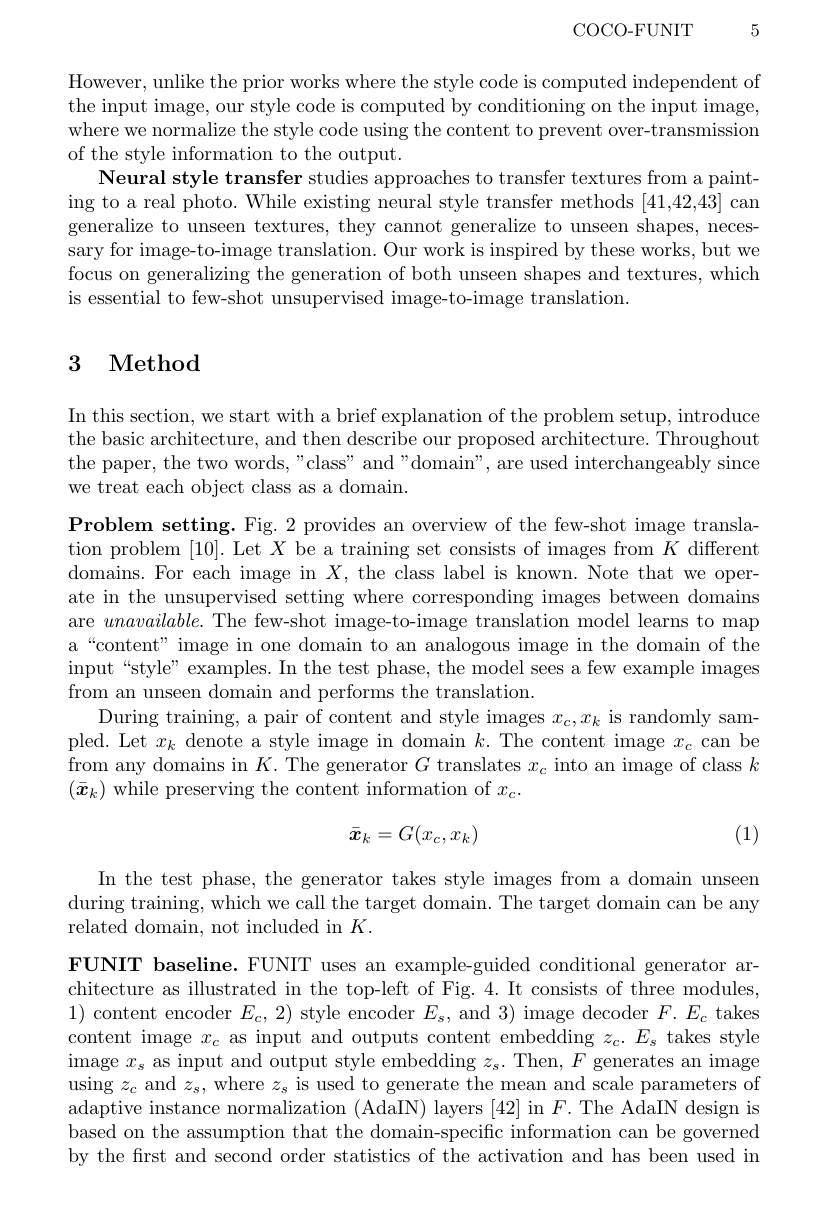
$\operatorname { COCO- FUNIT}$ 5

However, unlike the prior works where the style code is computed independent of the input image, our style code is computed by conditioning on the input image, where we normalize the style code using the content to prevent over-transmission of the style information to the output.
Neural style transfer studies approaches to transfer textures from a painting to a real photo. While existing neural style transfer methods [41,42,43] can generalize to unseen textures, they cannot generalize to unseen shapes, necessary for image-to-image translation. Our work is inspired by these works, but we focus on generalizing the generation of both unseen shapes and textures, which is essential to few-shot unsupervised image-to-image translation.

# 3 Method

In this section, we start with a brief explanation of the problem setup, introduce the basic architecture, and then describe our proposed architecture. Throughout the paper, the two words, "class" and"domain", are used interchangeably since we treat each object class as a domain.

$\textbf{Problem setting. Fig. 2 provides an overview of the few- shot image transla- }$ tion problem [10]. Let $X$ be a training set consists of images from $K$ different domains. For each image in $X$, the class label is known. Note that we operate in the unsupervised setting where corresponding images between domains are $unavailable.$ The few-shot image-to-image translation model learns to map a“content” image in one domain to an analogous image in the domain of the input“style” examples. In the test phase, the model sees a few example images from an unseen domain and performs the translation.
During training, a pair of content and style images $x_c,x_k$ is randomly sampled. Let $x_k$ denote a style image in domain $k.$ The content image $x_c$ can be from any domains in $K.$ The generator $G$ translates $x_c$ into an image of class $k$ $(\bar{x}_k)$ while preserving the content information of $x_c.$

(1)
$$\bar{\boldsymbol{x}}_{k}=G(x_{c},x_{k})$$
In the test phase, the generator takes style images from a domain unseen during training, which we call the target domain. The target domain can be any related domain, not included in $K.$

FUNIT baseline. FUNIT uses an example-guided conditional generator architecture as illustrated in the top-left of Fig.4. It consists of three modules, 1) content encoder $E_c,2)$ style encoder $E_s$, and 3) image decoder $F.E_c$ takes content image $x_c$ as input and outputs content embedding $z_c.E_s$ takes style image $x_{s}$ as input and output style embedding $z_s.$ Then, $F$ generates an image using $z_c$ and $z_s$, where $z_s$ is used to generate the mean and scale parameters of adaptive instance normalization (AdaIN) layers [42] in $F.$ The AdaIN design is based on the assumption that the domain-specific information can be governed by the first and second order statistics of the activation and has been used in